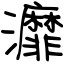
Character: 灖